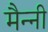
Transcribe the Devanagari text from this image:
मैन्नी